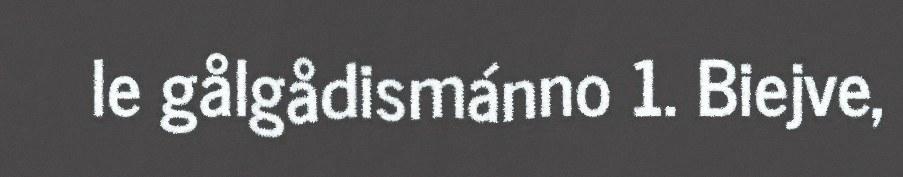
le gålgådismánno 1. Biejve,